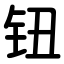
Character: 钮